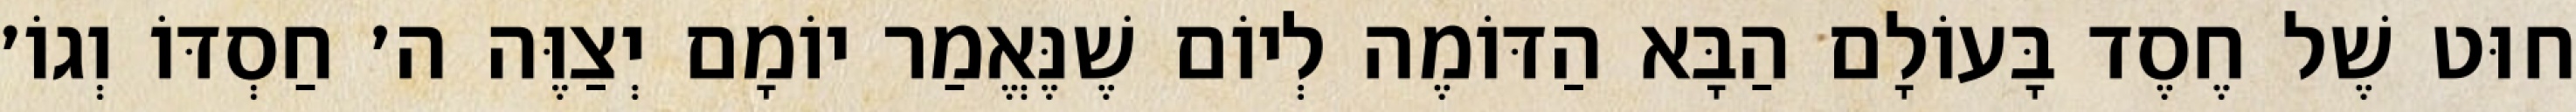
חוּט שֶׁל חֶסֶד בָּעוֹלָם הַבָּא הַדּוֹמֶה לְיוֹם שֶׁנֶּאֱמַר יוֹמָם יְצַוֶּה ה׳ חַסְדּוֹ וְגוֹ׳